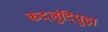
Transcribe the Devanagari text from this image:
कदलुंदिपुड़ा